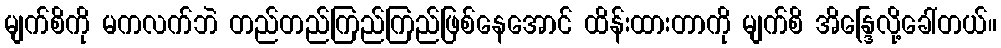
မျက်စိကို မကလက်ဘဲ တည်တည်ကြည်ကြည်ဖြစ်နေအောင် ထိန်းထားတာကို မျက်စိ အိန္ဒြေလို့ခေါ်တယ်။